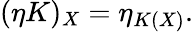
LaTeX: (\eta K)_{X}=\eta_{K(X)}.